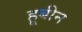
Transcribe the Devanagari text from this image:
ह्रूबीन